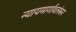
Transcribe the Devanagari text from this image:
न्यायमार्गावलंबन